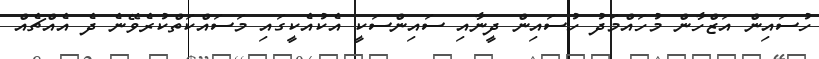
ހުސައިން އަޒްހާން މުހައްމަދު ހުސައިން ދީނާއި ސައިންސަކީ އެކުއެކީގައި މަސައްކަތްކުރެވޭނެ ދެ އެއްޗެއް